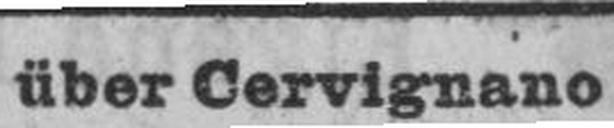
über Cervignano